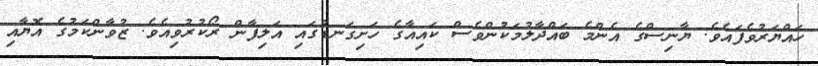
ހައްޔަރުވެފައެވެ. ޔާނިސްގެ އެންމެ ބައްދާލުމަކުންވެސް ކައިއާގެ ހަށިގަނޑުގައި އަލިފާން ރޯކުރުވިއެވެ. ޒުވާންކަމުގެ އޮޔާއި